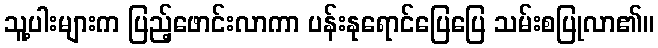
သူ့ပါးများက ပြည့်ဖောင်းလာကာ ပန်းနုရောင်ပြေပြေ သမ်းစပြုလာ၏။